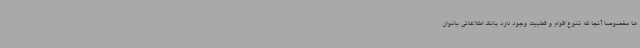
ها مخصوصا آنجا که تنوع اقوام و قطبیت وجود دارد بانک اطلاعاتی بانوان